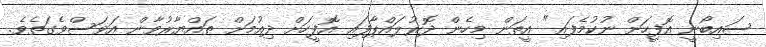
ސައިބޯނީ އޮފީހަށް ނުކުމެފައި" އީތަން މިހެން ދޮރުލައްޕާފައި އޮފީހަށް ދިއުމަށް ތައްޔާރުވާން އަވަސްވެގަތެވެ.